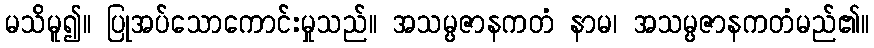
မသိမူ၍။ ပြုအပ်သောကောင်းမှုသည်။ အသမ္ပဇာနကတံ နာမ၊ အသမ္ပဇာနကတံမည်၏။